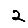
Digit: 2